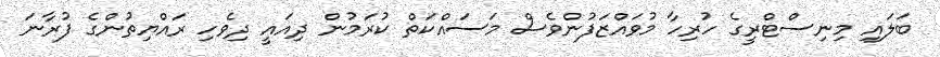
ބަލައި މިނިސްޓްރީގެ ހުރިހާ މުވައްޒަފުންވެސް މަސައްކަތް ކުރަމުން ދިއައީ ދިވެހި ރައްޔިތުންގެ ފުރާނަ